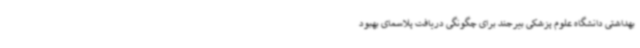
بهداشتی دانشگاه علوم پزشکی بیرجند برای چگونگی دریافت پلاسمای بهبود